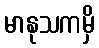
မာနုသကမှိ